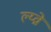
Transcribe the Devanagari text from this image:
ल्य्व्रो